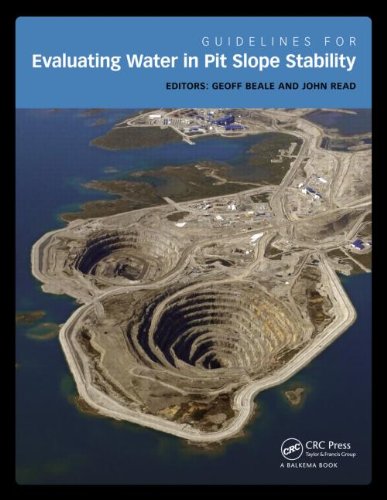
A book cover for Guidelines for Evaluating Water in Pit Slope Stability; Science & Math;